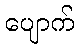
ပျောက်